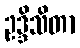
ဥဒ္ဒိသိတာ